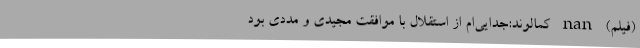
(فیلم) nan کمالوند:جدایی‌ام از استقلال با موافقت مجیدی و مددی بود